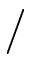
/